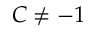
C \ne - 1